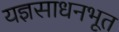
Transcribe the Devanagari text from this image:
यज्ञसाधनभूत